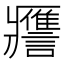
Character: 𧭭